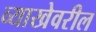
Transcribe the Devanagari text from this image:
व्याखेवरील